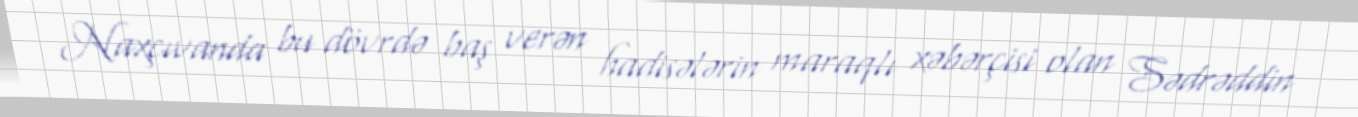
Naxçıvanda bu dövrdə baş verən hadisələrin maraqlı xəbərçisi olan Sədrəddin